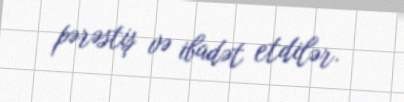
pərəstiş və ibadət etdilər.